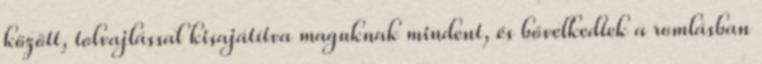
között, tolvajlással kisajátítva maguknak mindent, és bővelkedtek a romlásban